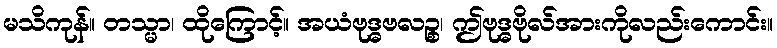
မသိကုန်။ တသ္မာ၊ ထိုကြောင့်။ အယံဗုဒ္ဓဗလဉ္စ၊ ဤဗုဒ္ဓဗိုလ်အားကိုလည်းကောင်း။